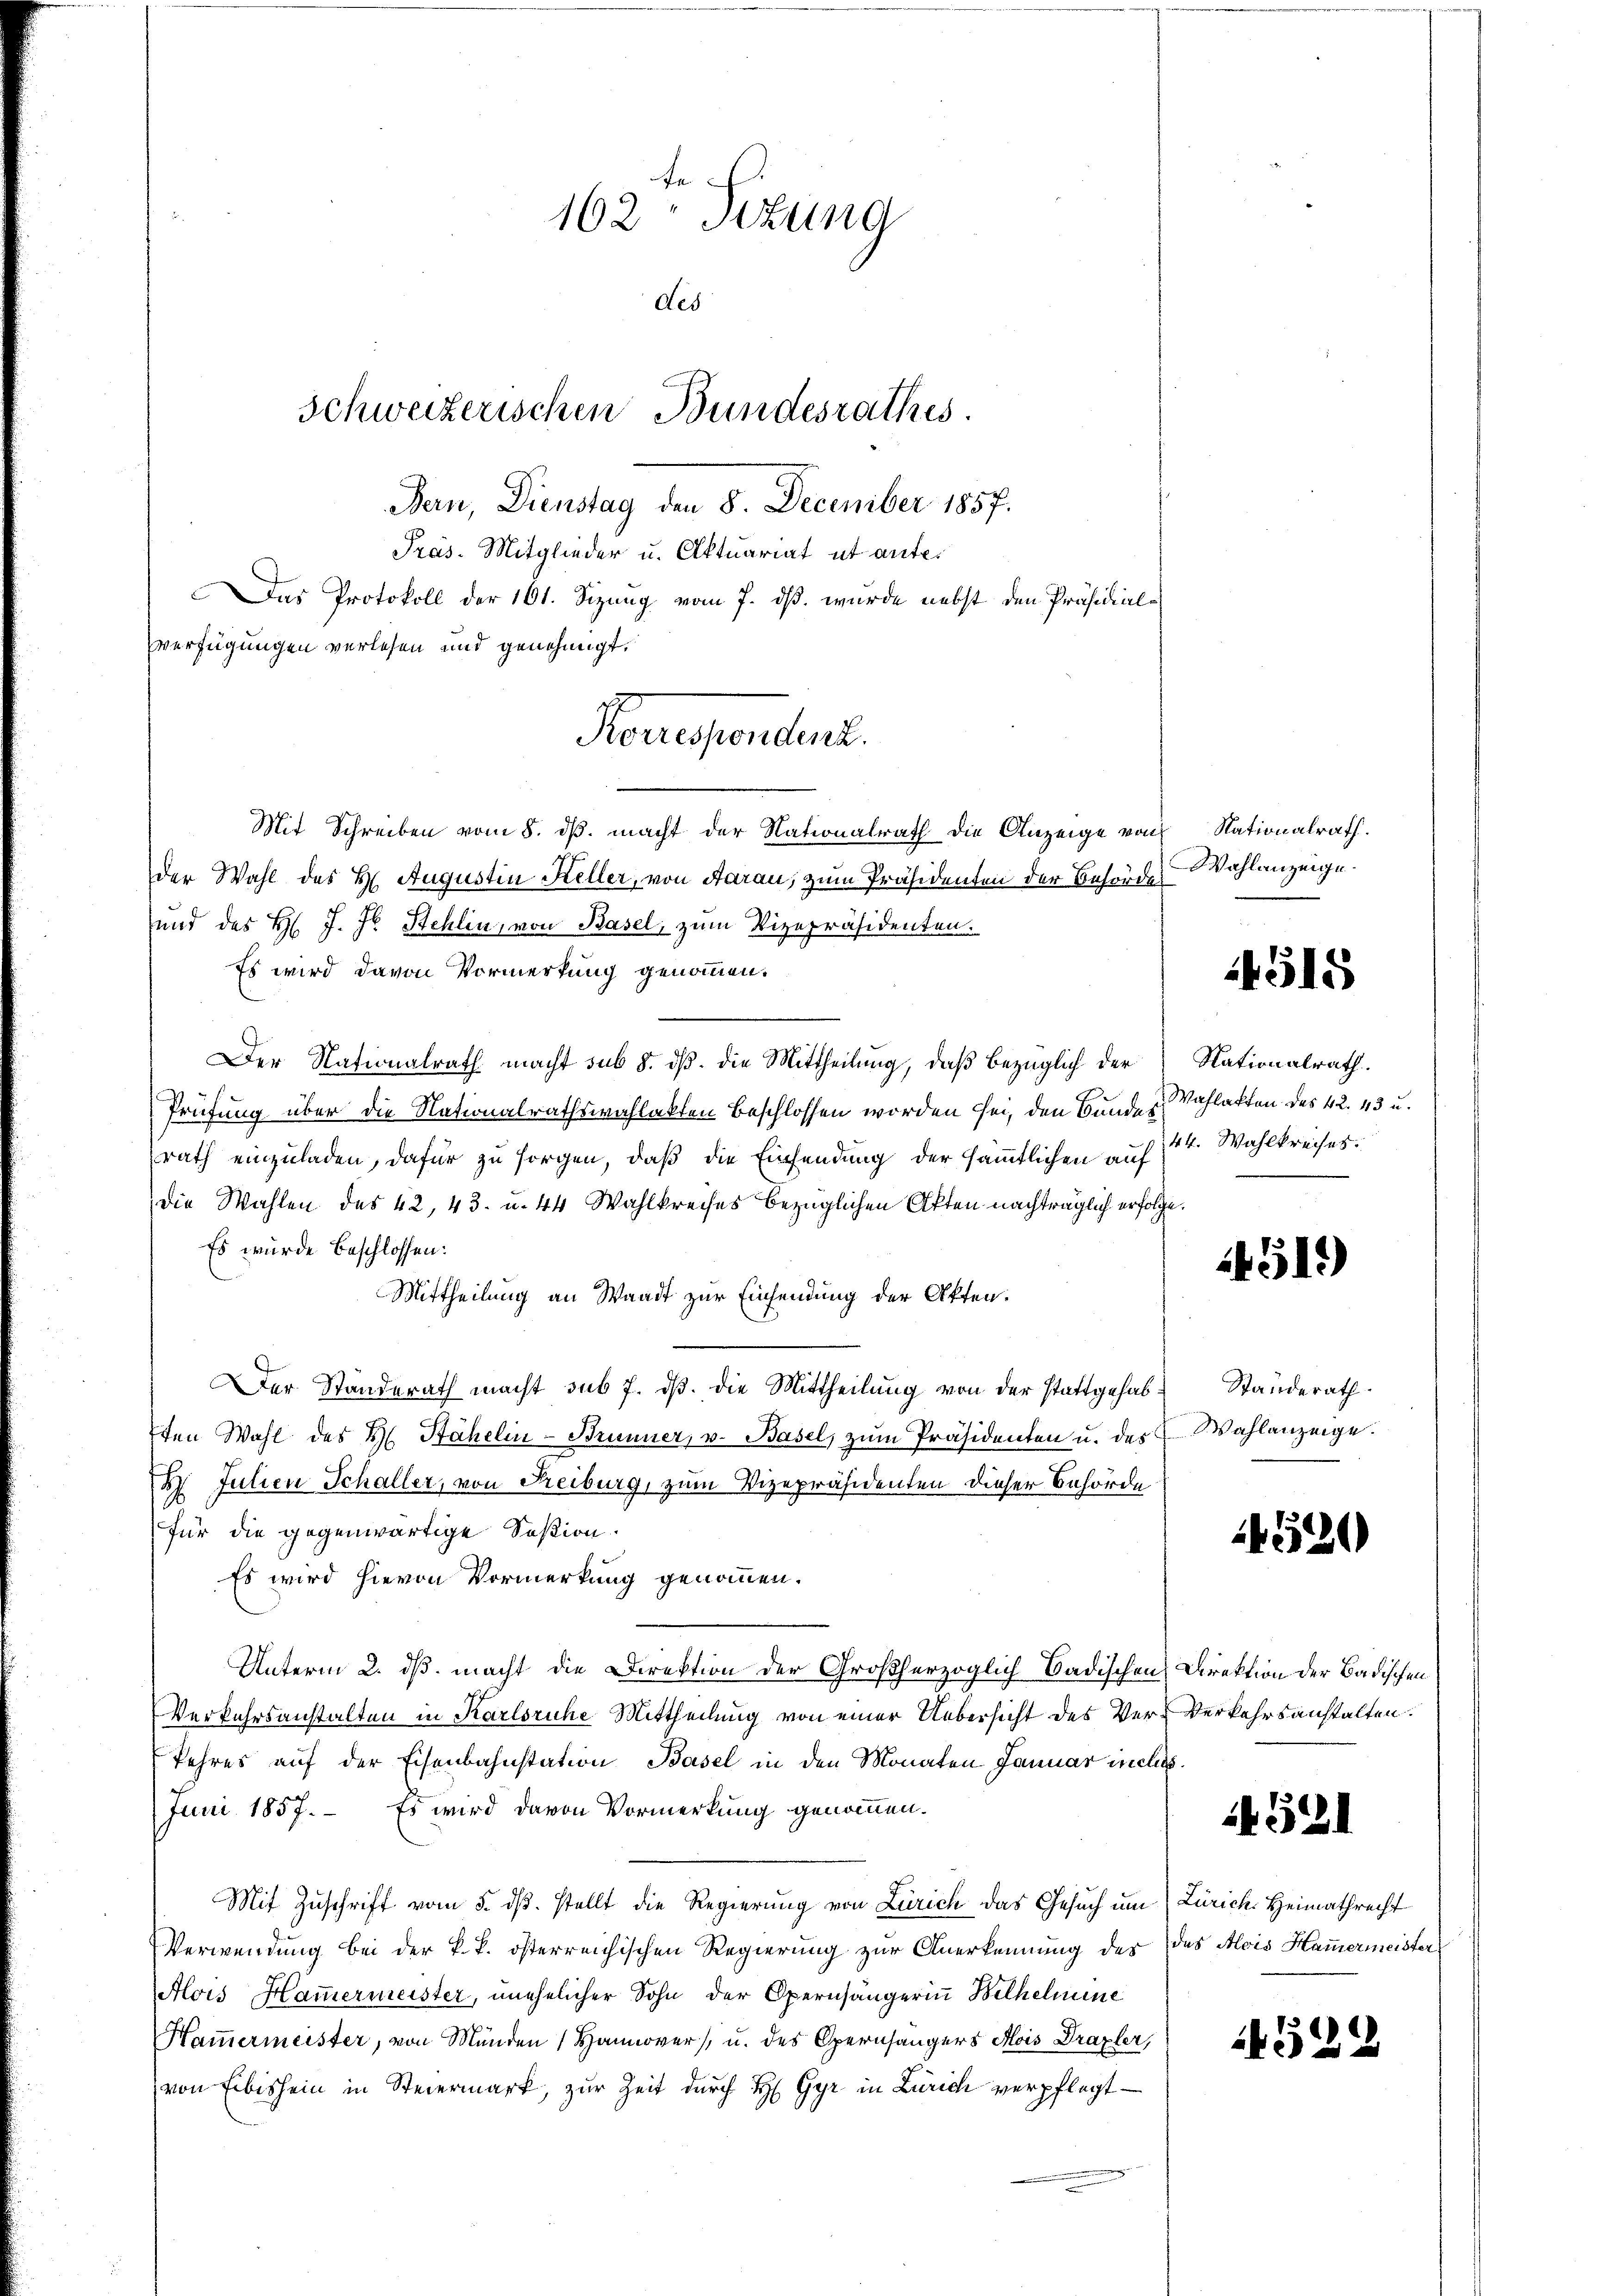
162 Sizung
des
Schweizerischen Bundesrathes.
Bern, Dienstag den 8. December 1857.
Präs. Mitglieder u. Aktuariat ut ante¬
Das Protokoll der 161. Sizung vom 7. ds. wurde nebst den Präsidial-
verfügungen verlesen und genehmigt.

Mit Schreiben vom 8. ds. macht der Nationalrath die Anzeige von
der Wahl des H. Augustin Keller, von Aarau, zum Präsidenten der Behördes
und des H. J. J. Stehlin, von Basel, zum Vizepräsidenten.
Es wird davon Vormerkung genommen.
Der Nationalrath macht sub 8. dβ. die Mittheilung, daβ bezüglich der Nationalrath.
Prüfung über die Nationalrathswahlakten beschlossen worden sei, den Bunde Mahlakten des 42. 43 u.
rath einzuladen, dafür zu sorgen, daß die Einsendung der sämmtlichen auf 4 Wahlkreises.
die Wahlen des 42, 43. u. 44 Wahlkreises bezüglichen Akten nachträglich erfolge.
Es wurde beschlossen:
Mittheilung an Waadt zur Einsendung der Akten.
Der Standerath macht sub 7. dß. die Mittheilung von der stattgehabten Wahl des H. Stähelin-Brunner, u. Basel, zŭm Präsidenten u. des Wahlanzeige.
B. Julien Schaller, von Freiburg, zum Vizepräsidenten dieser Behörde
für die gegenwärtige Soßion.
Es wird hievon Vormerkung genommen.
Unterm 2. ds. macht die Direktion der Großherzoglich Badischen Direktion der Badischen
Verkehrsanstalten in Karlsruhe Mittheilung von einer Uebersicht des Ver-Verkehrsanstalten.
Jahres auf der Eisenbahnstation Basel in den Monaten Januar inclus
Juni 1857. – Es wird davon Vormerkung genommen.
Mit Zuschrift vom 5. dβ. stellt die Regierung von Zürich das Gesuch um Zürich. Heimathrecht
Verwendung bei der k.k. österreichischen Regierung zur Anerkennung des das Alois Hammermeister
Alois Hammermeister, unehelicher Sohn der Opernhängerin Belhelmine
Hammermeister, von Münden Hannover u. des Opernsängers Mois Draxler,
von Eibischein in Steiermark, zur Zeit durch H. Gyr in Zürich verpflegt

Konesendent.

Nationalrath.
Wahlanzeige.

4515

1451)

Standerath.

520

521

529